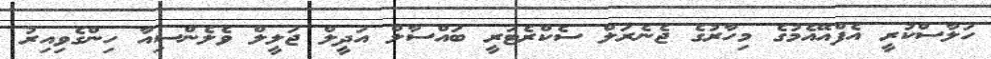
ހަލާސްކުރީ އެފްއޭއެމުގެ މިހާރުގެ ޖެނެރަލް ސެކްރެޓަރީ ބައްސާލް އަދީލް ޖަލީލް ވެލެންސިއާ ހިންގެވިއިރު